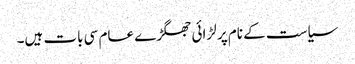
‏ سیاست کے نام پر لڑائی جھگڑے عام سی بات ہیں۔